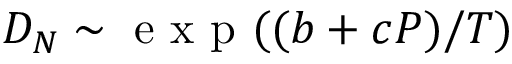
D _ { N } \sim \mathrm { ~ e ~ x ~ p ~ } ( ( b + c P ) / T )